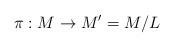
LaTeX: \begin{align*}\pi:M \to M'=M/L \end{align*}